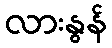
လားနွန်